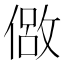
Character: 𫣈